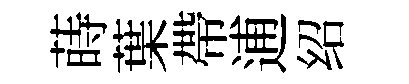
蒔葉帶逋绍